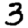
Digit: 3